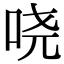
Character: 哓